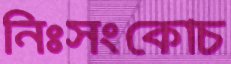
নিঃসংকোচ